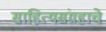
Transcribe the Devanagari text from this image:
साहित्यसंग्रहाचे